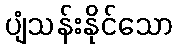
ပျံသန်းနိုင်သော